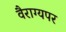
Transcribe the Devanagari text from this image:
वैराग्यपर